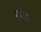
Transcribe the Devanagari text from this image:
स्पेसः